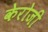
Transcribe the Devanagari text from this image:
केरोजी